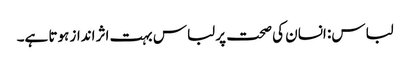
لباس: انسان کی صحت پر لباس بہت اثر انداز ہوتا ہے۔